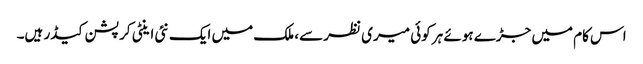
اس کام میں جڑے ہوئے ہر کوئی میری نظر سے، ملک میں ایک نئی اینٹی کرپشن کیڈر ہیں۔